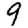
Digit: 9